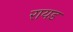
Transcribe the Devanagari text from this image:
रायड